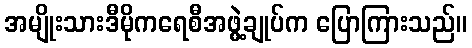
အမျိုးသားဒီမိုကရေစီအဖွဲ့ချုပ်က ပြောကြားသည်။